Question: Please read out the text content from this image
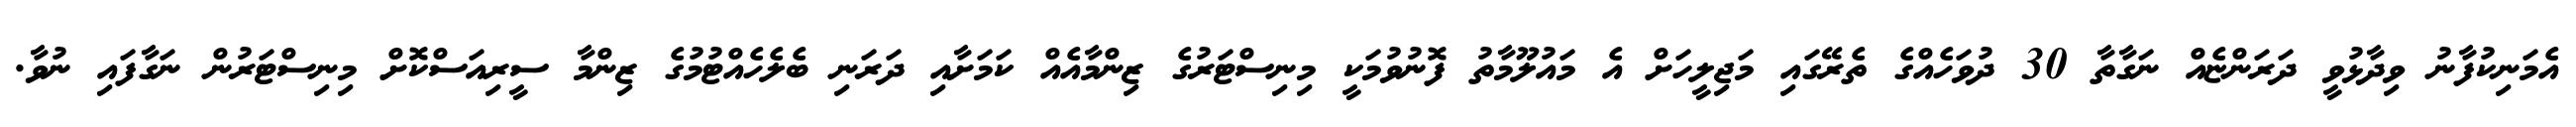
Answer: އެމަނިކުފާނު ވިދާޅުވީ ދަރަންޏެއް ނަގާތާ 30 ދުވަހެއްގެ ތެރޭގައި މަޖިލީހަށް އެ މައުލޫމާތު ފޮނުވުމަކީ މިނިސްޓަރުގެ ޒިންމާއެއް ކަމަށާއި ދަރަނި ބެލެހެއްޓުމުގެ ޒިންމާ ސީރިއަސްކޮށް މިނިސްޓަރުން ނަގާފައި ނުވާ.